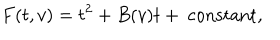
F ( t , v ) = t ^ { 2 } + B ( v ) t + \mathrm { ~ c o n s t a n t } ,